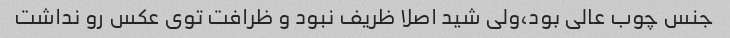
جنس چوب عالی بود،ولی شید اصلا ظریف نبود و ظرافت توی عکس رو نداشت